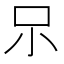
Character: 𱒃